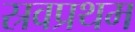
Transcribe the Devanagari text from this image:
स्रवप्रथम